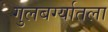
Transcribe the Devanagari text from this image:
गुलबर्ग्यातला